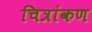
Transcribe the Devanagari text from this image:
चित्रांकण